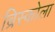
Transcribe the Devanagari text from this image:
ब्रिस्कोला